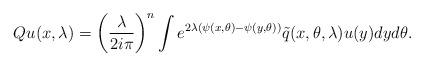
LaTeX: \begin{align*}Q u(x, \lambda) = \left( \frac{\lambda}{2 i\pi }\right )^{n} \int e^{2\lambda (\psi(x, \theta) - \psi(y, \theta))} \tilde{q}(x, \theta, \lambda) u(y) dy d\theta.\end{align*}